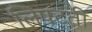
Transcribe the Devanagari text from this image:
लिपटती